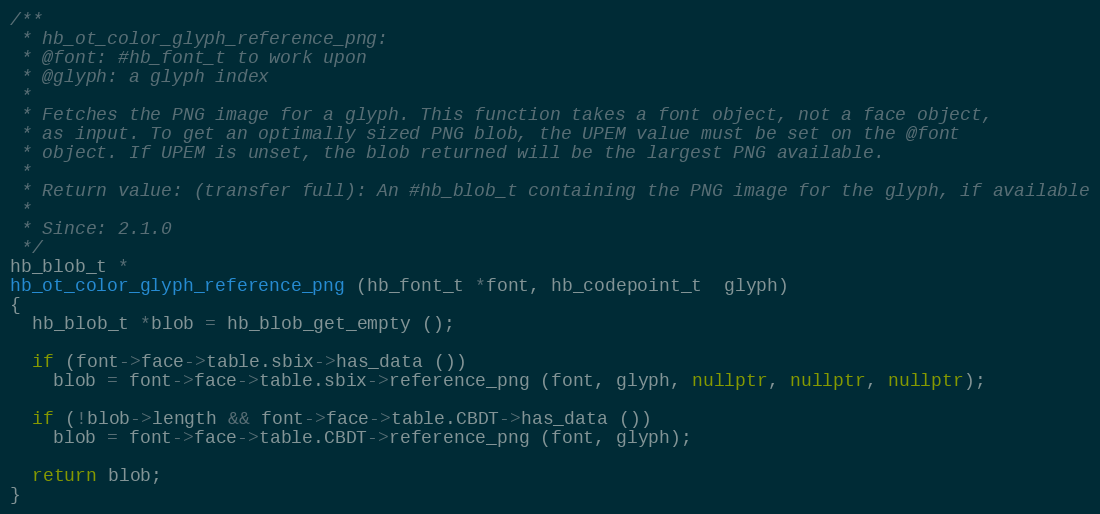
Language: C++
/**
 * hb_ot_color_glyph_reference_png:
 * @font: #hb_font_t to work upon
 * @glyph: a glyph index
 *
 * Fetches the PNG image for a glyph. This function takes a font object, not a face object,
 * as input. To get an optimally sized PNG blob, the UPEM value must be set on the @font
 * object. If UPEM is unset, the blob returned will be the largest PNG available.
 *
 * Return value: (transfer full): An #hb_blob_t containing the PNG image for the glyph, if available
 *
 * Since: 2.1.0
 */
hb_blob_t *
hb_ot_color_glyph_reference_png (hb_font_t *font, hb_codepoint_t  glyph)
{
  hb_blob_t *blob = hb_blob_get_empty ();

  if (font->face->table.sbix->has_data ())
    blob = font->face->table.sbix->reference_png (font, glyph, nullptr, nullptr, nullptr);

  if (!blob->length && font->face->table.CBDT->has_data ())
    blob = font->face->table.CBDT->reference_png (font, glyph);

  return blob;
}